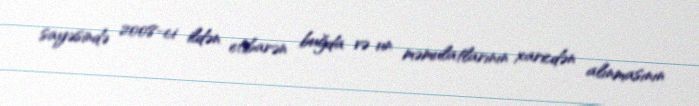
sayəsində 2008-ci ildən etibarən buğda və un məmulatlarının xaricdən alınmasının